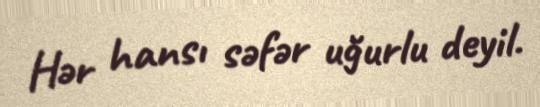
Hər hansı səfər uğurlu deyil.